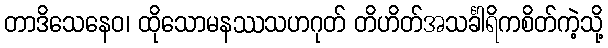
တာဒိသေနေဝ၊ ထိုသောမနဿသဟဂုတ် တိဟိတ်အသင်္ခါရိကစိတ်ကဲ့သို့